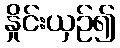
နှိုင်းယှဉ်၍